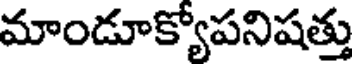
మాండూక్యోపనిషత్తు